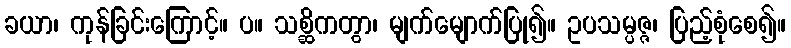
ခယာ၊ ကုန်ခြင်းကြောင့်။ ပ။ သစ္ဆိကတွာ၊ မျက်မျောက်ပြု၍။ ဥပသမ္ပဇ္ဇ၊ ပြည့်စုံစေ၍။